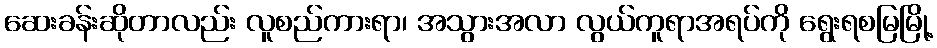
ဆေးခန်းဆိုတာလည်း လူစည်ကားရာ၊ အသွားအလာ လွယ်ကူရာအရပ်ကို ရွေးရစမြမြို့